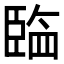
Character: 𰯲